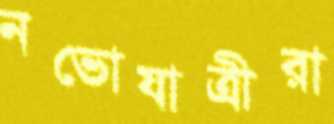
নভোযাত্রীরা